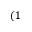
( 1